Indian journal of veterinary science and animal husbandry - Volume 1,
Year: 1931
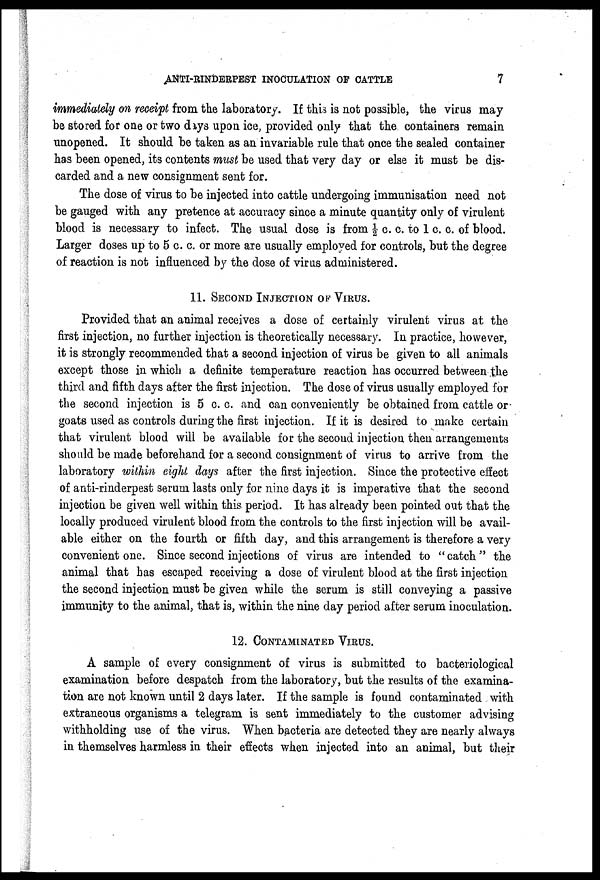
ANTI-RINDERPEST INOCULATION OF CATTLE
7
immediately on receipt from the laboratory. If this is not possible, the virus may
be stored for one or two days upon ice, provided only that the containers remain
unopened. It should be taken as an invariable rule that once the sealed container
has been opened, its contents must be used that very day or else it must be dis-
carded and a new consignment sent for.
The dose of virus to be injected into cattle undergoing immunisation need not
be gauged with any pretence at accuracy since a minute quantity only of virulent
blood is necessary to infect. The usual dose is from ½ c. c. to 1 c. c. of blood.
Larger doses up to 5 c. c. or more are usually employed for controls, but the degree
of reaction is not influenced by the dose of virus administered.
11. SECOND INJECTION OF VIRUS.
Provided that an animal receives a dose of certainly virulent virus at the
first injection, no further injection is theoretically necessary. In practice, however,
it is strongly recommended that a second injection of virus be given to all animals
except those in which a definite temperature reaction has occurred between the
third and fifth days after the first injection. The dose of virus usually employed for
the second injection is 5 c. c. and can conveniently be obtained from cattle or
goats used as controls during the first injection. If it is desired to make certain
that virulent blood will be available for the second injection then arrangements
should be made beforehand for a second consignment of virus to arrive from the
laboratory within eight days after the first injection. Since the protective effect
of anti-rinderpest serum lasts only for nine days it is imperative that the second
injection be given well within this period. It has already been pointed out that the
locally produced virulent blood from the controls to the first injection will be avail-
able either on the fourth or fifth day, and this arrangement is therefore a very
convenient one. Since second injections of virus are intended to "catch" the
animal that has escaped receiving a dose of virulent blood at the first injection
the second injection must be given while the serum is still conveying a passive
immunity to the animal, that is, within the nine day period after serum inoculation.
12. CONTAMINATED VIRUS.
A sample of every consignment of virus is submitted to bacteriological
examination before despatch from the laboratory, but the results of the examina-
tion are not known until 2 days later. If the sample is found contaminated with
extraneous organisms a telegram is sent immediately to the customer advising
withholding use of the virus. When bacteria are detected they are nearly always
in themselves harmless in their effects when injected into an animal, but their